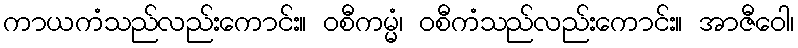
ကာယကံသည်လည်းကောင်း။ ဝစီကမ္မံ၊ ဝစီကံသည်လည်းကောင်း။ အာဇီဝေါ၊